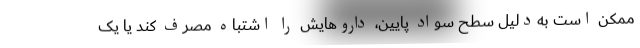
ممکن است به‌دلیل سطح سواد پایین، داروهایش را اشتباه مصرف کند یا یک